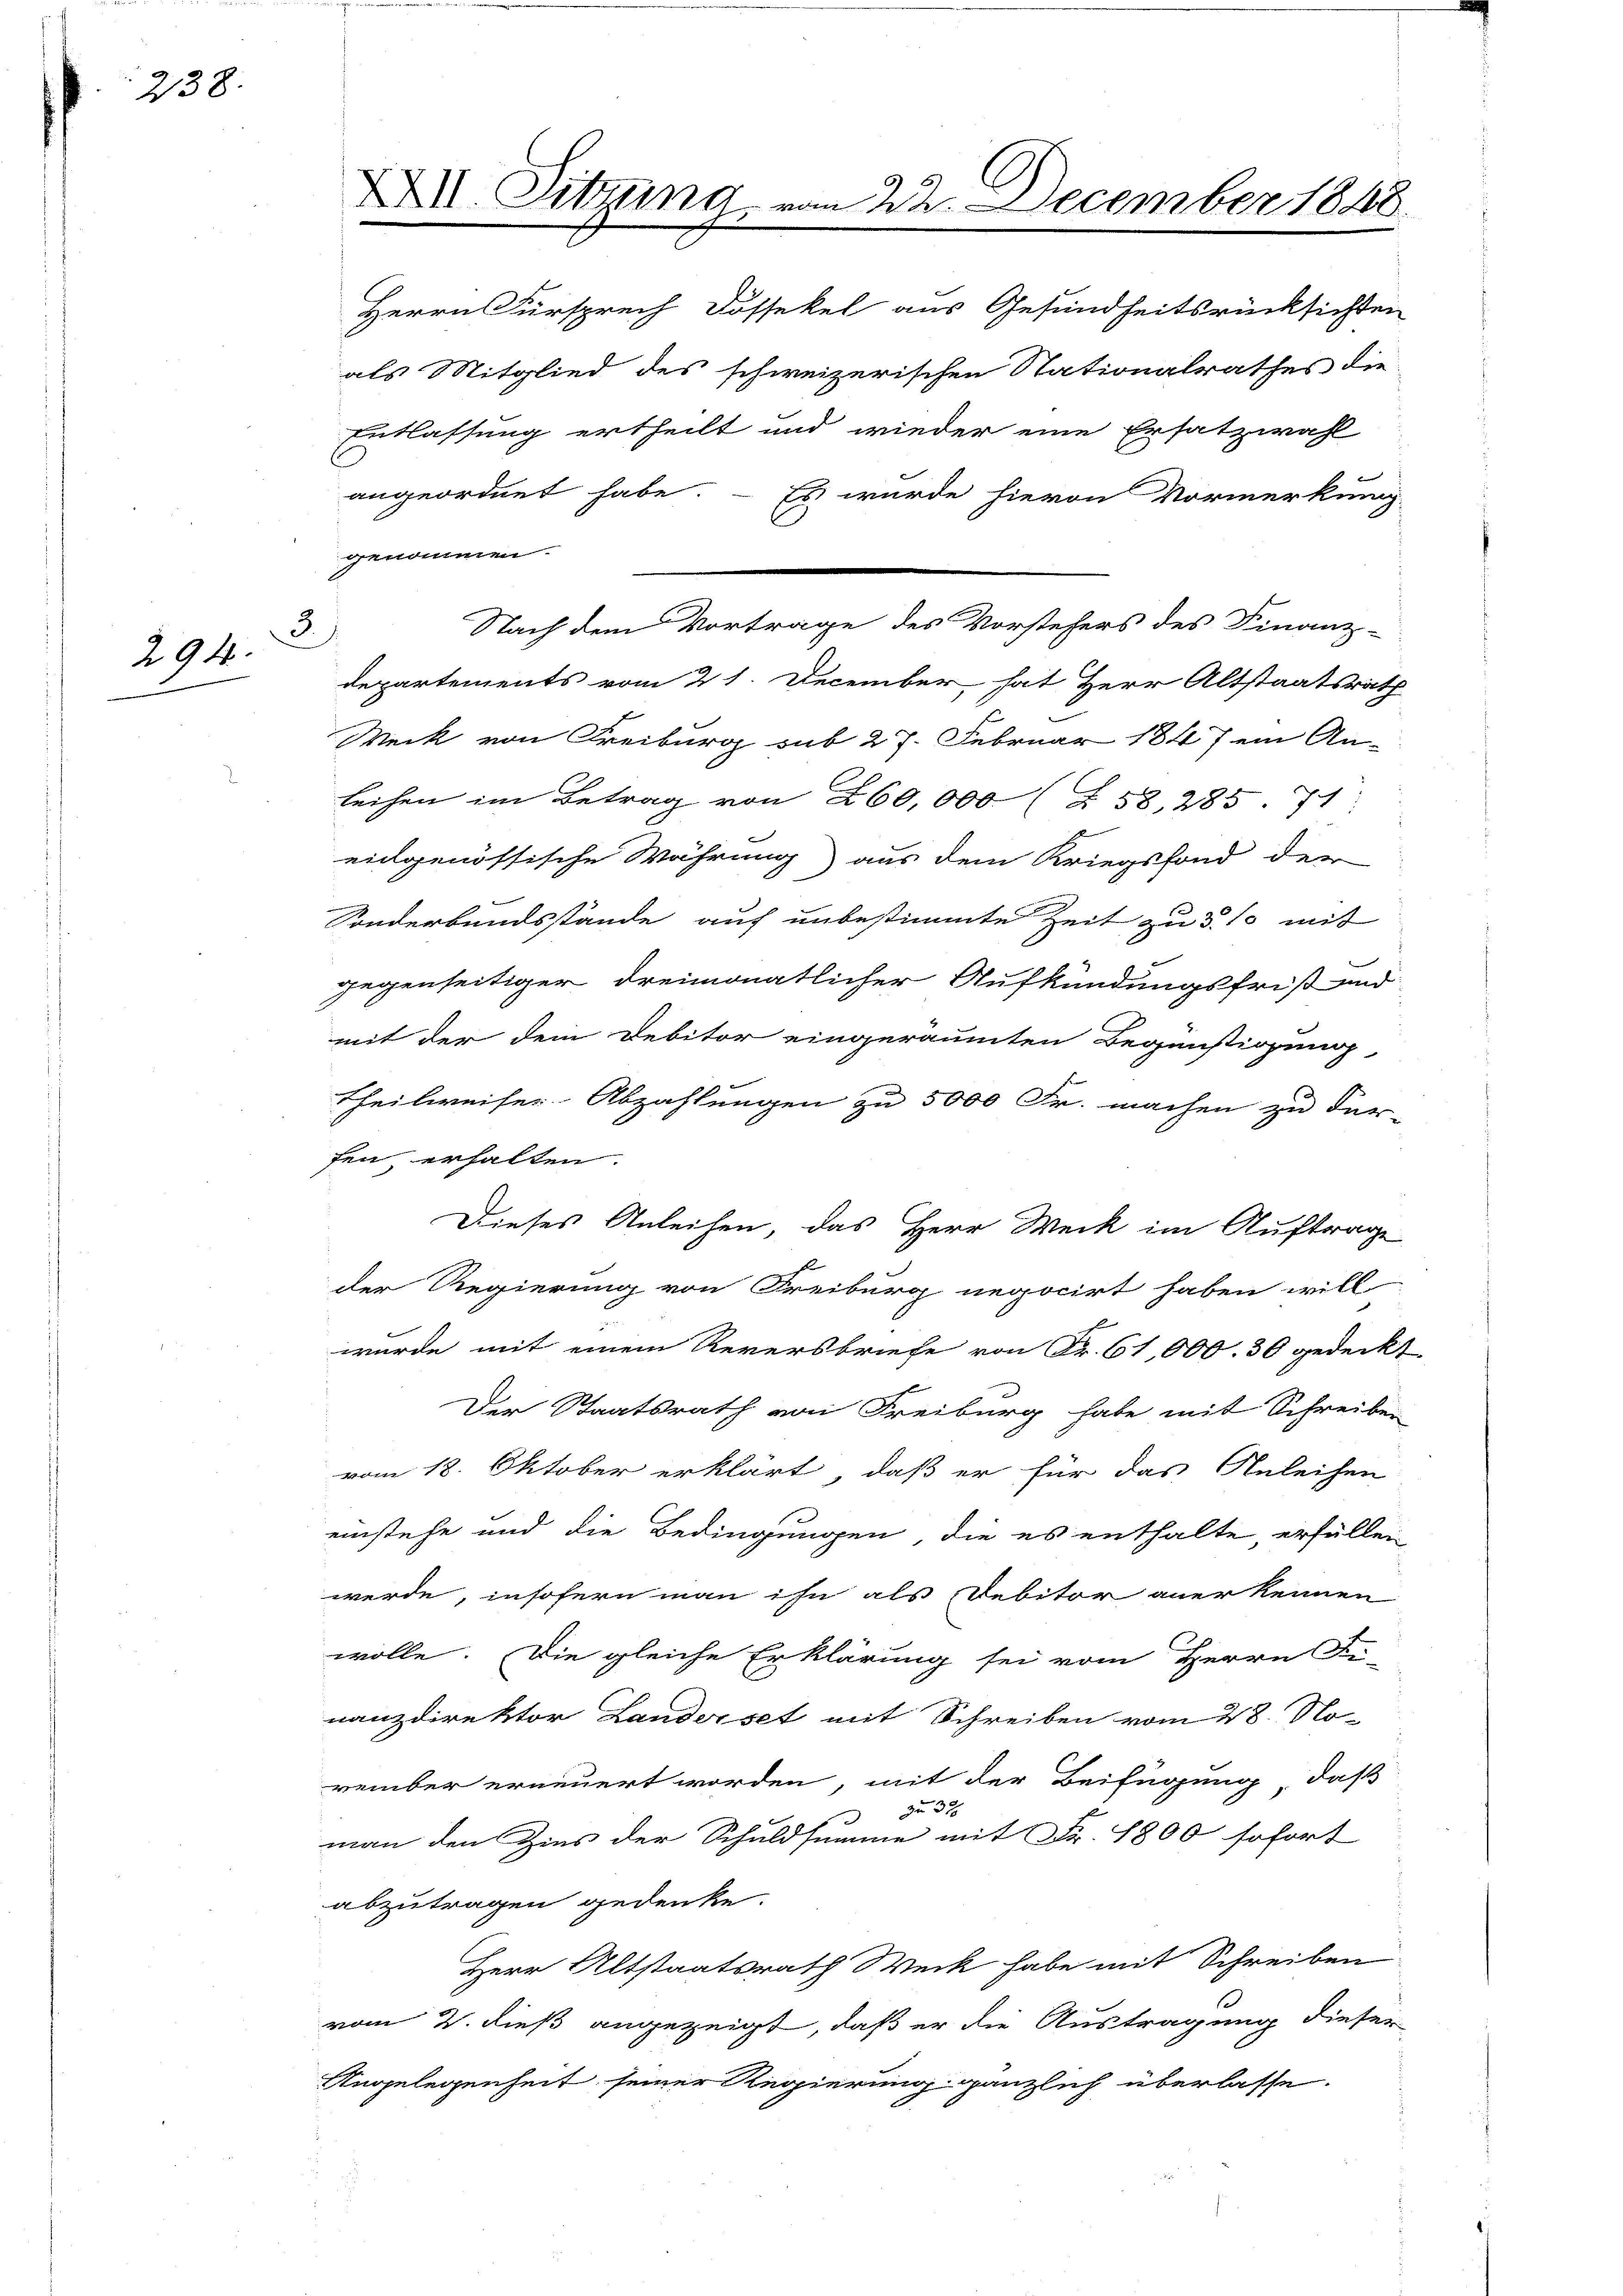
238.

294.

3.

XII. Sitzung vom 22. December 1848.

genommen.

Herrn Fürsprech Dössekel aus Gesundheitsrücksichten
als Mitglied des schweizerischen Stationalrathes die
Entlassung ertheilt und wieder eine Ersatzwahl
angeordnet habe. – Es wurde hievon Vormerkung
departements vom 21. December hat Herr Altstaatsrath
Weck von Freiburg sub 27. Februar 1847 ein An-
leihen im Betrag von 260,000 (§ 58. 285. 71
e
eidgenössische Währung aus dem Kriegsfond der
Sonderbandsstände auf unbestimmte Zeit zu § 1 mit
gegenseitiger dreimonatlicher Aufkündungsfrist und
mit der dem Debitor eingeräumten Begünstigung,
Theilweiser-Abzahlungen zu 5000 Fr. machen zu dür-
fen erhalten.
Dieses Anleihen, das Herr Weck im Auftrage
der Regierung von Freiburg negocirt haben will
wurde mit einem Reversbriefe von Fr. 61,000. 30 gedeckt
Der Staatsrath von Freiburg habe mit Schreiben
vom 18. Oktober erklärt, daß er für das Anleihen
einstehe und die Bedingungen, die es enthalte, erfüllen
werde, insofern man ihn als Debitor anerkennen
wolle. Die gleiche Erklärung sei vom Herrn Re-
nanzdirektor Landerset mit Schreiben vom 28. November erneuert worden, mit der Beifügung, daß
 370
man den Zins der Schuldsumme mit Fr. 1800 sofort
abzutragen gedenke.
Herr Altstaatsrath Weck habe mit Schreiben
vom 2. dieß angezeigt, daß er die Austragung dieser
Angelegenheit seiner Regierung gänzlich überlasse.

Nach dem Vortrage des Vorstehers des Finanz-